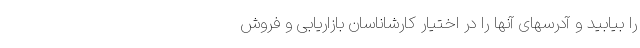
را بیابید و آدرسهای آنها را در اختیار کارشاناسان بازاریابی و فروش